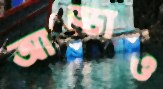
আড্ডাও